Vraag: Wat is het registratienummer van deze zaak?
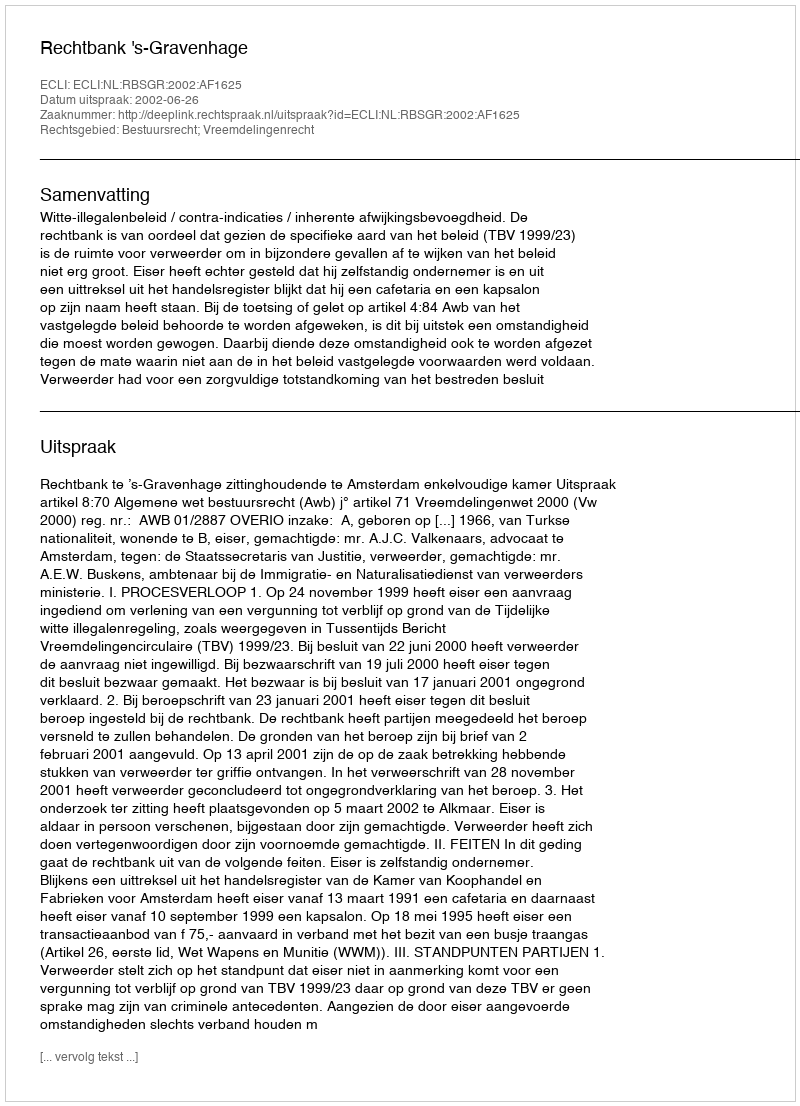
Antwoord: http://deeplink.rechtspraak.nl/uitspraak?id=ECLI:NL:RBSGR:2002:AF1625